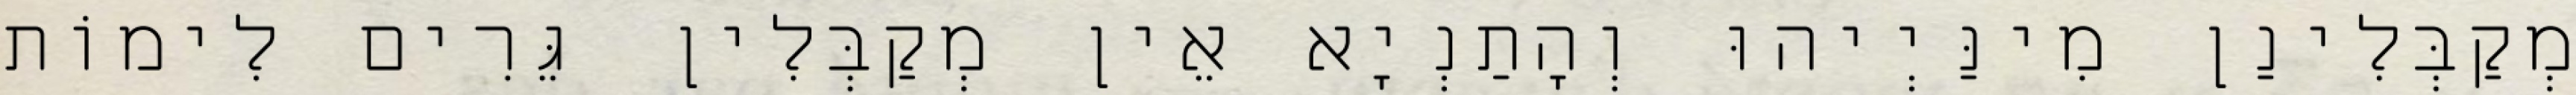
מְקַבְּלִינַן מִינַּיְיהוּ וְהָתַנְיָא אֵין מְקַבְּלִין גֵּרִים לִימוֹת